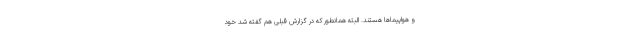
و هواپیما‌ها هستند. البته همانطور که در گزارش قبلی هم گفته شد خود